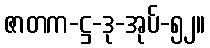
ဇာတက-ဋ္ဌ-ဒု-အုပ်-၅၂။